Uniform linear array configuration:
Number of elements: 64
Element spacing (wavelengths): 0.25
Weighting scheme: binomial
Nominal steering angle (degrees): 30
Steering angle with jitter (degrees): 30.896
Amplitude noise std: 0.05
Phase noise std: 0.05

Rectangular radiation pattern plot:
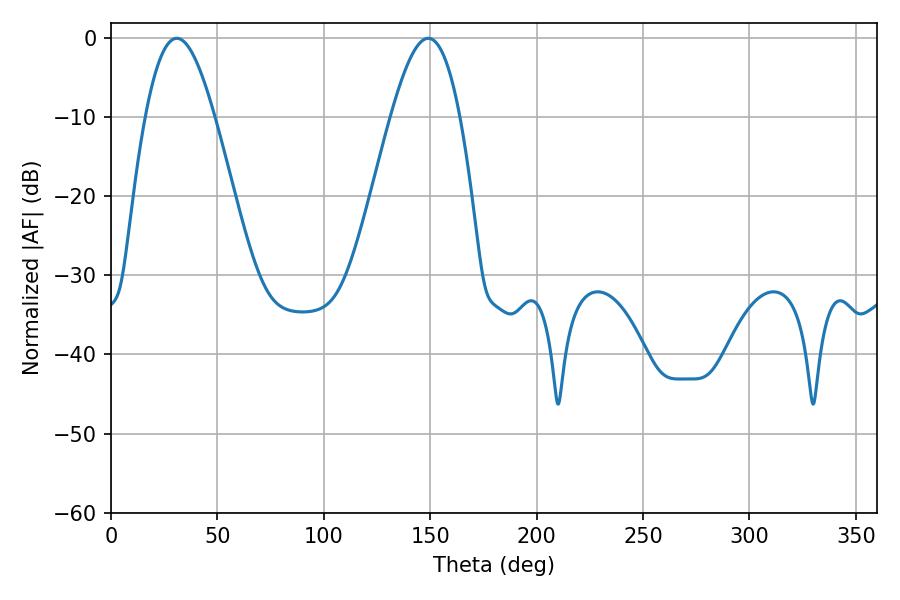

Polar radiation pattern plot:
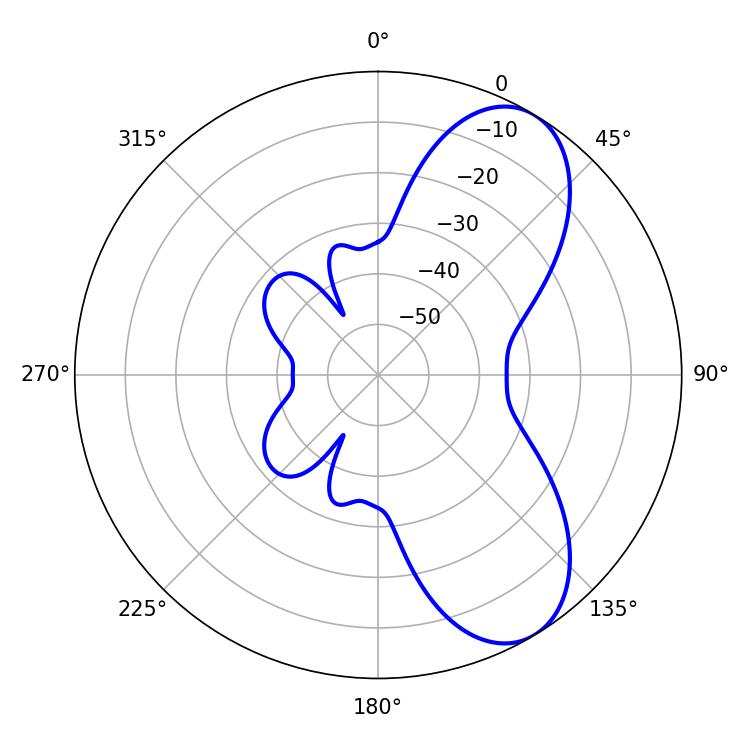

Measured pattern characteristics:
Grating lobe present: FALSE
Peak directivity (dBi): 7.585
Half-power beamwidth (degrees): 17.64
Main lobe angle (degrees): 30.96